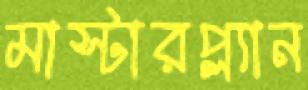
মাস্টারপ্ল্যান